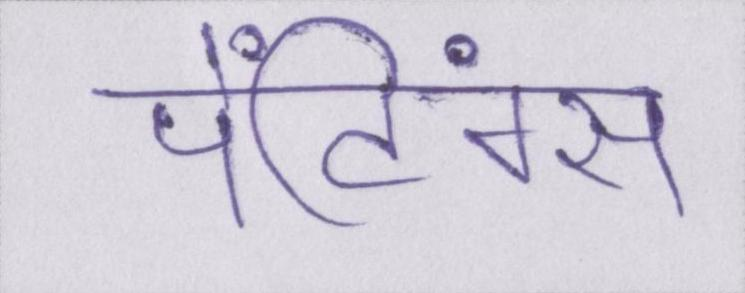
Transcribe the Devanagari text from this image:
पेंटिंग्स